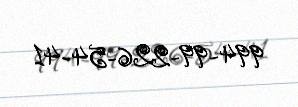
994-99-226-54-41